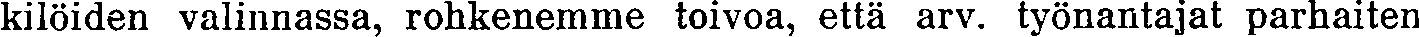
kilöiden valinnassa, rohkenemme toivoa, että arv. työnantajat parhaiten